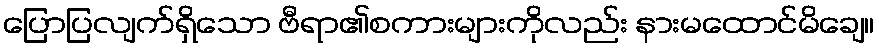
ပြောပြလျက်ရှိသော ဗီရာ၏စကားများကိုလည်း နားမထောင်မိချေ။